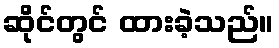
ဆိုင်တွင် ထားခဲ့သည်။